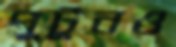
পুটুনও